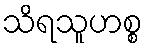
သိရသူဟစ္စ